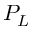
P _ { L }